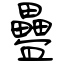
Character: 疊